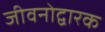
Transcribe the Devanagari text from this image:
जीवनोद्वारक